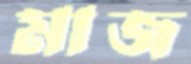
মাজ